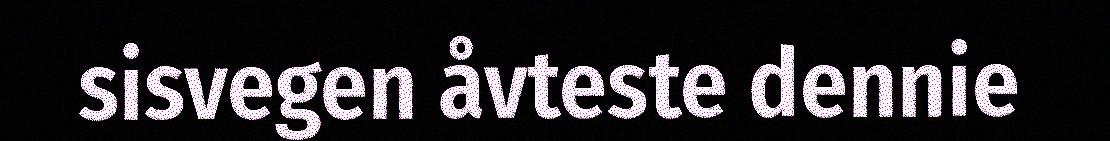
sisvegen åvteste dennie